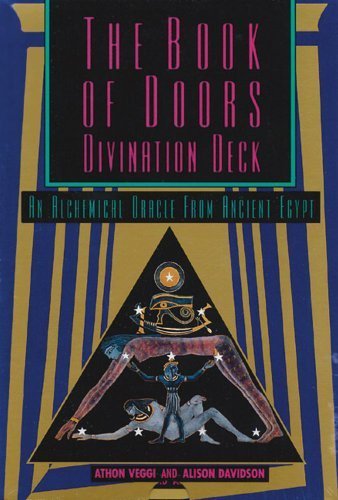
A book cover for The Book of Doors Divination Deck: An Oracle from the Egyptian Book of the Dead by Davidson, Alison, Veggi, Anthon (1995) Paperback; Religion & Spirituality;